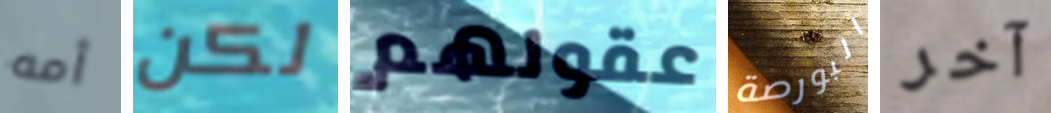
أمه لكن عقولهم البورصة آخر